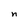
Character: n